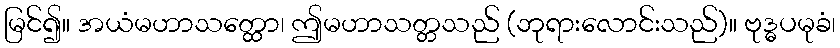
မြင်၍။ အယံမဟာသတ္ထော၊ ဤမဟာသတ္တသည် (ဘုရားလောင်းသည်)။ ဗုဒ္ဓပမုခံ၊